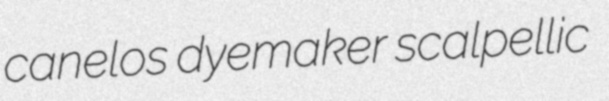
canelos dyemaker scalpellic